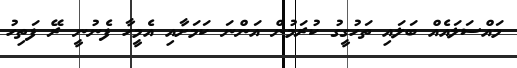
މައްސަލައެއް ބަލައި ތަހުގީގު ކުރަމުން އަންނަ ކަމަށާއި އެމީހާ ފެނުނީ ރޭ ފަތިހު